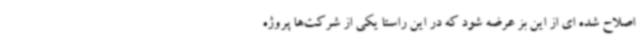
اصلاح شده ای از این بز عرضه شود که در این راستا یکی از شرکت‌ها پروژه